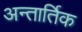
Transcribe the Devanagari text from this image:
अन्तार्तिक